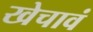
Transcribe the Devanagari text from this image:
खेचावं